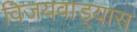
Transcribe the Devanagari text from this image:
विजयवाड्यास